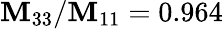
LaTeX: \mathbf{M}_{33}/\mathbf{M}_{11}=0.964